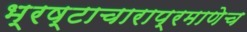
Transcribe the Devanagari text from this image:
भ्रष्टाचाराप्रमाणेच